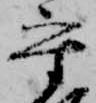
守